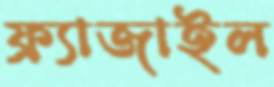
ফ্র্যাজাইল